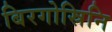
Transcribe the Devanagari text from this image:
बिरगोस्रिनि